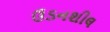
ઉડનશીલ